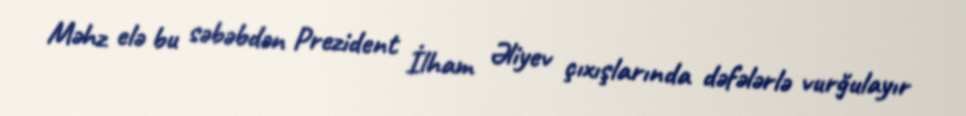
Məhz elə bu səbəbdən Prezident İlham Əliyev çıxışlarında dəfələrlə vurğulayır